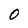
Character: 0